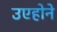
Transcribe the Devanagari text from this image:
उएहोने